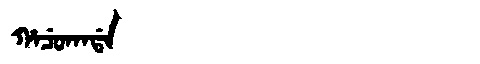
Manchu: ᡥᠠᠴᡠᡴᠠᡩᠠ
Romanization: HACUKADA